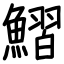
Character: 鰼